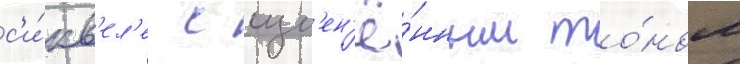
с'и́кв'ел'е с изм'ен'ё́нным то́ном